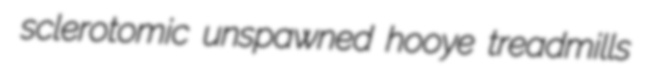
sclerotomic unspawned hooye treadmills